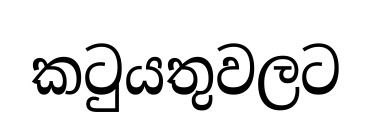
කටුයතුවලට